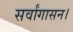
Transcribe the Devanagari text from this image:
सर्वांगासन।